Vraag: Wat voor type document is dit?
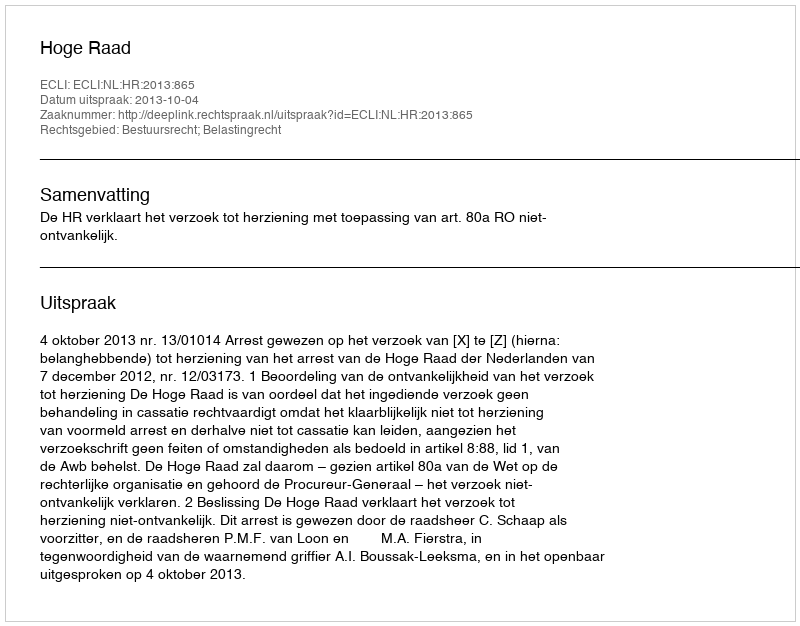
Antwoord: Uitspraak